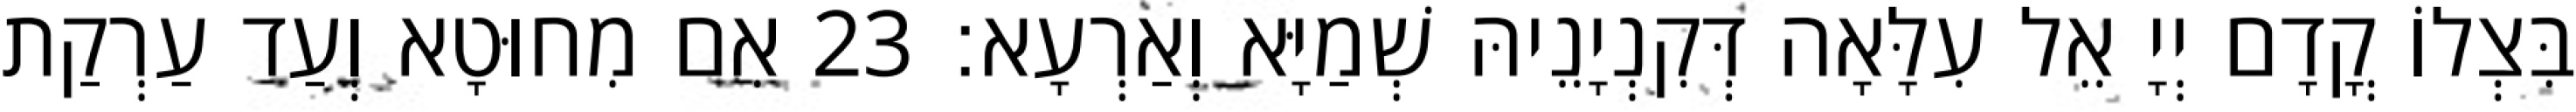
בִּצְלוֹ קֳדָם יְיָ אֵל עִלָּאָה דְּקִנְיָנֵיהּ שְׁמַיָּא וְאַרְעָא׃ 23 אִם מִחוּטָא וְעַד עַרְקַת